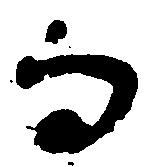
而